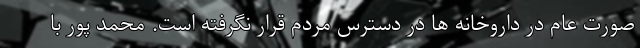
صورت عام در داروخانه ها در دسترس مردم قرار نگرفته است. محمد پور با